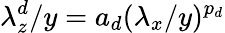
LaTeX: \lambda_{z}^{d}/y=a_{d}(\lambda_{x}/y)^{p_{d}}